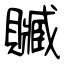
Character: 贓